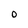
Character: O